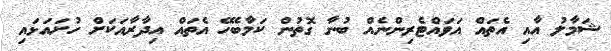
ޝަމާލު އާއި އެތައް އަވައްޓެރިންނެއް ބުނާ ގޮތުން ކަމާބެހޭ އެތައް އިދާރާއަކަށް ހުށައަޅައި